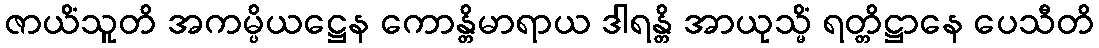
ဇာယိံသူတိ အကမ္ပိယဋ္ဌေန ကောန္တိမာရာယ ဒါရန္တိ အာယုသ္မိံ ရတ္တိဋ္ဌာနေ ပေသီတိ